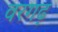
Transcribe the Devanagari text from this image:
वरगढ़